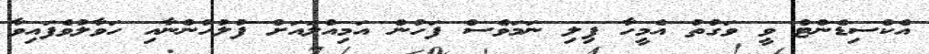
އެކްސިޑެންޓް ވީ ވަގުތު އެމީހާ ފިލި ނަމަވެސް ފަހުން އަމިއްލައަށް ފުލުހުންނާއި ހަވާލުވެފައިވާ